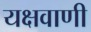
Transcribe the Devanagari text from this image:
यक्षवाणी